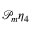
\mathcal { P } _ { m } \eta _ { 4 }